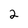
Character: 2